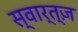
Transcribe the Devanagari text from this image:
स्वार्त्ज़